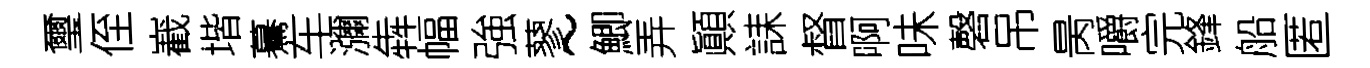
璽侄嶻堦驀车瀰犇幅強蓼~鯽弄顚誄督啊味磬吊昺嚼完鋒船匿